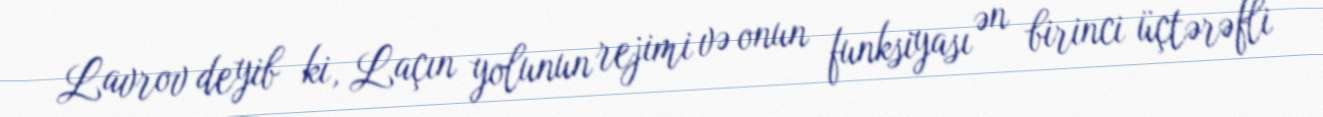
Lavrov deyib ki, Laçın yolunun rejimi və onun funksiyası ən birinci üçtərəfli